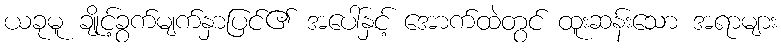
ယခုမူ ချိုင့်ခွက်မျက်နှာပြင်၏ အပေါ်နှင့် အောက်ထဲတွင် ထူးဆန်းသော အရာများ